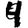
Digit: 4